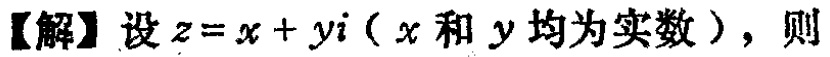
【解】设\(z = x + yi\)（\(x\)和\(y\)均为实数），则